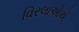
વિરલાઓએ